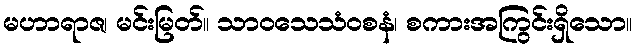
မဟာရာဇ၊ မင်းမြတ်။ သာဝသေသံဝစနံ၊ စကားအကြွင်းရှိသော။